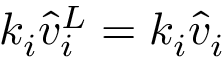
k _ { i } \Hat { v } _ { i } ^ { L } = k _ { i } \Hat { v } _ { i }